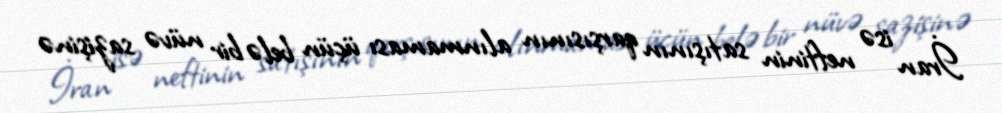
İran isə neftinin satışının qarşısının alınmaması üçün belə bir nüvə sazişinə